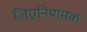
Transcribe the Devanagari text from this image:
लिएनियामक